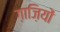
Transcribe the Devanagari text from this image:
ग़ाज़ियों